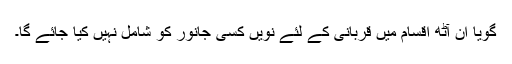
گویا ان آٹھ اقسام میں قربانی کے لئے نویں کسی جانور کو شامل نہیں کیا جائے گا۔